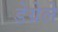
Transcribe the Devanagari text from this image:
डेग्रेले